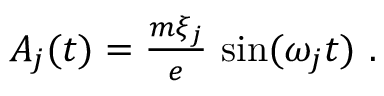
\begin{array} { r } { A _ { j } ( t ) = \frac { m \xi _ { j } } { e } \, \sin ( \omega _ { j } t ) \ . } \end{array}